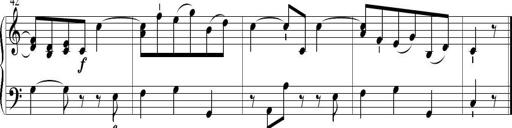
Title: 6 Leichte Sonatinen, Teil 1
Composer: F. Sigismund Sander